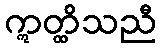
ဣတ္ထိသညီ